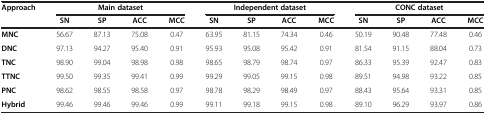
| Approach | <COLSPAN=4> Main dataset | <COLSPAN=4> Independent dataset | <COLSPAN=4> CONC dataset |
 |  | SN | SP | ACC | MCC | SN | SP | ACC | MCC | SN | SP | ACC | MCC |
 | --- | --- | --- | --- | --- | --- | --- | --- | --- | --- | --- | --- | --- |
 | MNC | 56.67 | 87.13 | 75.08 | 0.47 | 63.95 | 81.15 | 74.34 | 0.46 | 50.19 | 90.48 | 77.48 | 0.46 |
 | DNC | 97.13 | 94.27 | 95.40 | 0.91 | 95.93 | 95.08 | 95.42 | 0.91 | 81.54 | 91.15 | 88.04 | 0.73 |
 | TNC | 98.90 | 99.04 | 98.98 | 0.98 | 98.65 | 98.79 | 98.74 | 0.97 | 86.33 | 95.39 | 92.47 | 0.83 |
 | TTNC | 99.50 | 99.35 | 99.41 | 0.99 | 99.29 | 99.05 | 99.15 | 0.98 | 89.51 | 94.98 | 93.22 | 0.85 |
 | PNC | 98.62 | 98.55 | 98.58 | 0.97 | 98.78 | 98.29 | 98.49 | 0.97 | 88.43 | 95.64 | 93.31 | 0.85 |
 | Hybrid | 99.46 | 99.46 | 99.46 | 0.99 | 99.11 | 99.18 | 99.15 | 0.98 | 89.10 | 96.29 | 93.97 | 0.86 |